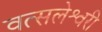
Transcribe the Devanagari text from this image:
वत्सलेश्वरी